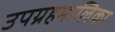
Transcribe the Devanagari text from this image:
उपग्रहमालिका